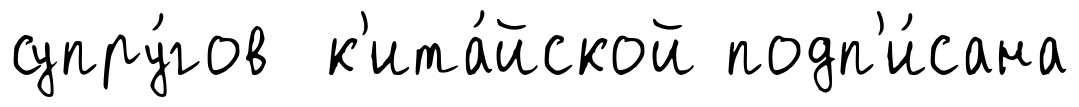
супру́гов к'ита́йской подп'и́сана